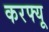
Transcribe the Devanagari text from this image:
करफ्यू